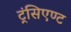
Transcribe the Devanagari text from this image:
ट्रंसिएण्ट